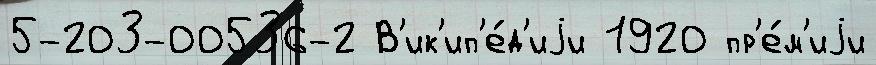
5-203-00536-2 В'ик'ип'е́д'иjи 1920 пр'е́м'иjи